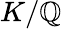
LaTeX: K/\mathbb{Q}